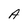
Character: A